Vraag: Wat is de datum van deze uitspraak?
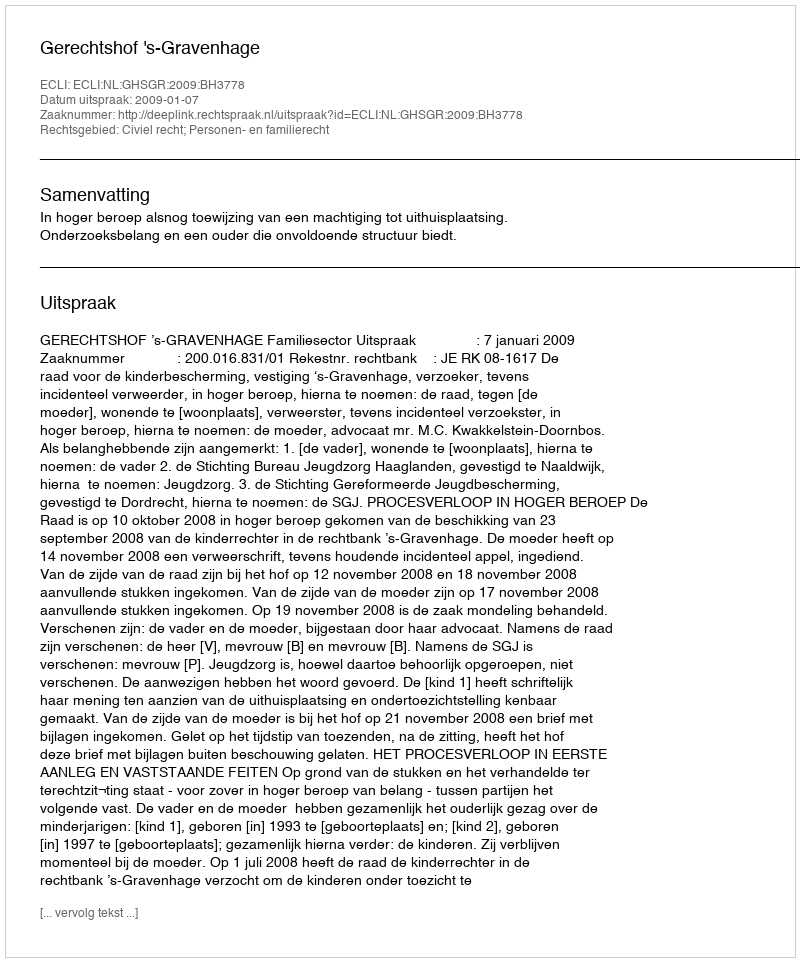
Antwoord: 2009-01-07